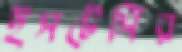
ইসটেসির